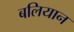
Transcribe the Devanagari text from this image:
बलियान